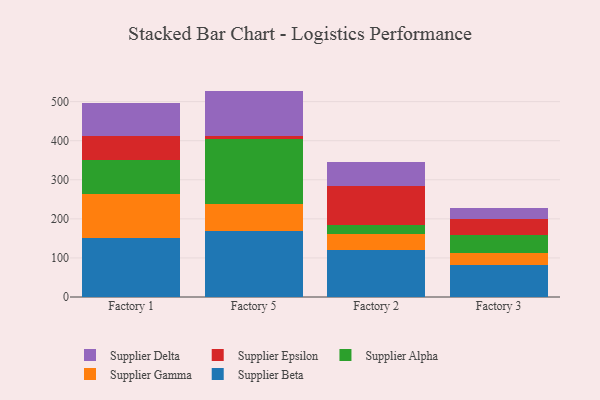
{"axis": {"x": "Factory", "y": "Waste Production (Tons)"}, "legend": ["Supplier Alpha", "Supplier Beta", "Supplier Delta", "Supplier Epsilon", "Supplier Gamma"], "data": [{"x": "Factory 1", "y": 152.2, "type": "Supplier Beta"}, {"x": "Factory 1", "y": 111.2, "type": "Supplier Gamma"}, {"x": "Factory 1", "y": 88.0, "type": "Supplier Alpha"}, {"x": "Factory 1", "y": 61.7, "type": "Supplier Epsilon"}, {"x": "Factory 1", "y": 82.4, "type": "Supplier Delta"}, {"x": "Factory 5", "y": 168.7, "type": "Supplier Beta"}, {"x": "Factory 5", "y": 68.7, "type": "Supplier Gamma"}, {"x": "Factory 5", "y": 166.3, "type": "Supplier Alpha"}, {"x": "Factory 5", "y": 7.8, "type": "Supplier Epsilon"}, {"x": "Factory 5", "y": 116.1, "type": "Supplier Delta"}, {"x": "Factory 2", "y": 121.4, "type": "Supplier Beta"}, {"x": "Factory 2", "y": 39.6, "type": "Supplier Gamma"}, {"x": "Factory 2", "y": 23.7, "type": "Supplier Alpha"}, {"x": "Factory 2", "y": 99.1, "type": "Supplier Epsilon"}, {"x": "Factory 2", "y": 61.7, "type": "Supplier Delta"}, {"x": "Factory 3", "y": 81.7, "type": "Supplier Beta"}, {"x": "Factory 3", "y": 31.9, "type": "Supplier Gamma"}, {"x": "Factory 3", "y": 45.5, "type": "Supplier Alpha"}, {"x": "Factory 3", "y": 40.1, "type": "Supplier Epsilon"}, {"x": "Factory 3", "y": 27.6, "type": "Supplier Delta"}]}